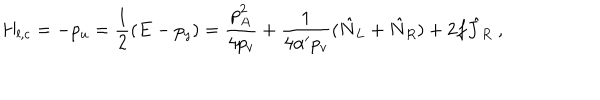
LaTeX: H _ { l , c } = - p _ { u } = \frac { 1 } { 2 } ( E - p _ { y } ) = \frac { p _ { A } ^ { 2 } } { 4 p _ { v } } + \frac { 1 } { 4 \alpha ^ { \prime } p _ { v } } ( \hat { N } _ { L } + \hat { N } _ { R } ) + 2 f \hat { J } _ { R } ~ ,